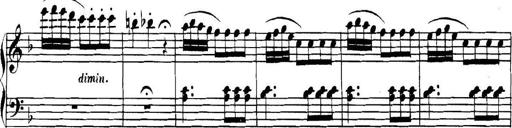
Title: Collected Piano Sonatas
Composer: Muzio Clementi